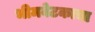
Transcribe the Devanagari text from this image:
भीमबेटकाचा